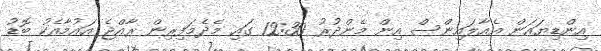
އިންޑިޔައަން އެއާލައިންސް އިން މެންދުރު 12:30 ގައި މެދެމަފިރިން ރާއްޖެ އައުމާއެކު ބޮޑު